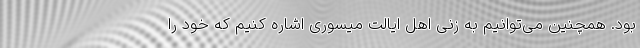
بود. همچنین می‌توانیم به زنی اهل ایالت میسوری اشاره کنیم که خود را